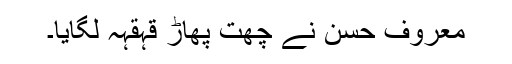
معروف حسن نے چھت پھاڑ قہقہہ لگایا۔